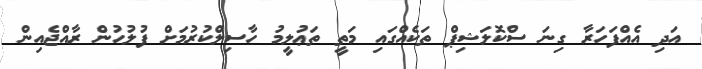
އަދި އެއްފަހަރާ ގިނަ ސްކޮލަޝިޕް ތަކެއްގައި މަތީ ތަޢުލީމު ހާސިލްކުރުމަށް ފުލުހުން ރާއްޖެއިން